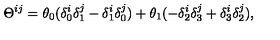
\Theta ^ { i j } = \theta _ { 0 } ( \delta _ { 0 } ^ { i } \delta _ { 1 } ^ { j } - \delta _ { 1 } ^ { i } \delta _ { 0 } ^ { j } ) + \theta _ { 1 } ( - \delta _ { 2 } ^ { i } \delta _ { 3 } ^ { j } + \delta _ { 3 } ^ { i } \delta _ { 2 } ^ { j } ) ,